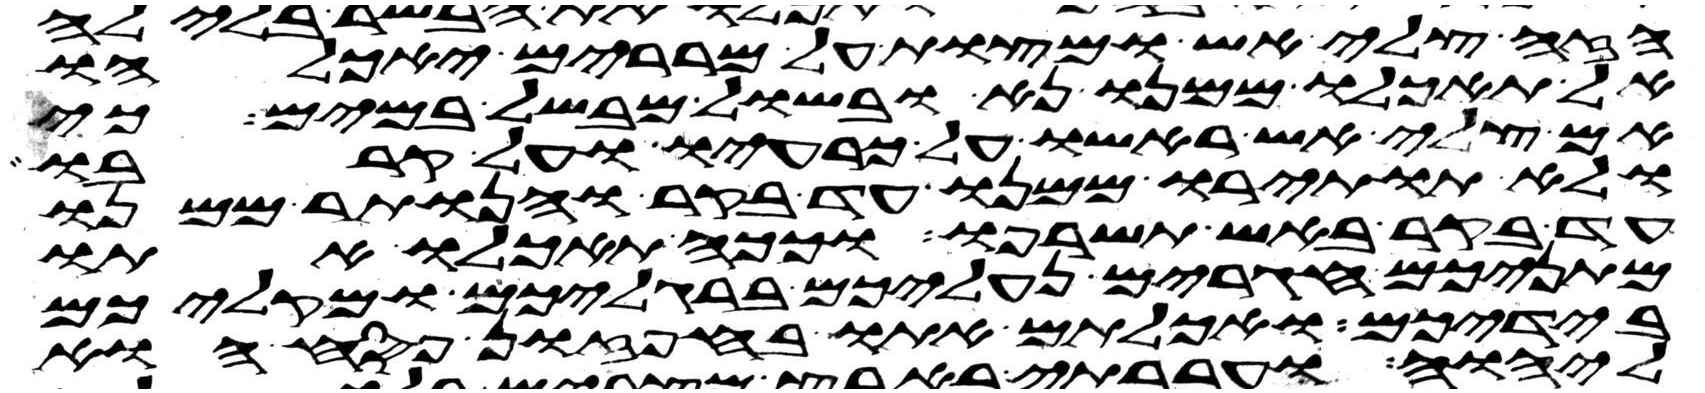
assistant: הזה צלי אש ומצות על מררים יאכלהו
אל תאכלו ממנו נא ובשל מבשל במים כי
אם צלי אש ראשו על כרעיו ועל קרבו
ולא תותירו ממנו עד בקר והנותר ממנו
עד בקר באש תשרפו וככה תאכלו אתו
מתניכם חגרים נעליכם ברגליכם ומקליכם
בידיכם ואכלתם אתו בחפזון פסח הוא